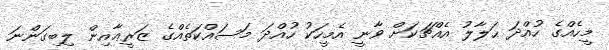
މީހެއްގެ ހުއްދަ ޙަލާލު އެއްޗަކަށް ވާނީ އެމީހަކު ހުއްދަ މަސައްކަތެއްގެ ޒަރީޢާއިން ލިބިގަންނަ